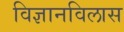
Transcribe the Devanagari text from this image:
विज्ञानविलास